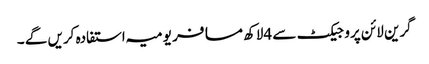
گرین لائن پروجیکٹ سے 4لاکھ مسافر یومیہ استفادہ کریں گے ۔